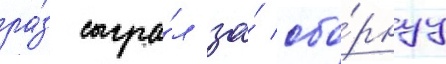
ра́з сыгра́л за́ сбо́рнуу